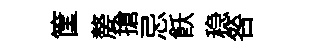
筐嫠搶忌飫稳咎